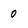
Character: 0